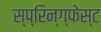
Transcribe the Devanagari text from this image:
स्प्रिन्ग्फेस्ट